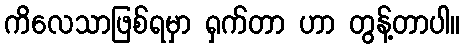
ကိလေသာဖြစ်ရမှာ ရှက်တာ ဟာ တွန့်တာပါ။